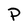
Character: P